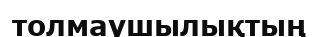
толмаушылықтың